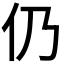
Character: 仍